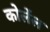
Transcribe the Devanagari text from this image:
कोलेंल